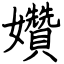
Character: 㜺